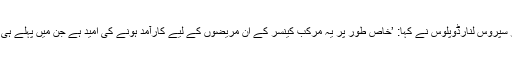
انسٹی ٹیوٹ آف کینسر ریسرچ کے محقق پروفیسر سپروس لنارڈوپلوس نے کہا: ’خاص طور پر یہ مرکب کینسر کے ان مریضوں کے لیے کارآمد ہونے کی امید ہے جن میں پہلے ہی کیموتھراپی کے خلاف مزاحمت پیدا ہو چکی ہے۔